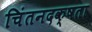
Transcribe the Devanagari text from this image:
चिंतनदक्षता